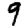
Digit: 9